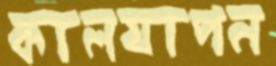
কালযাপন